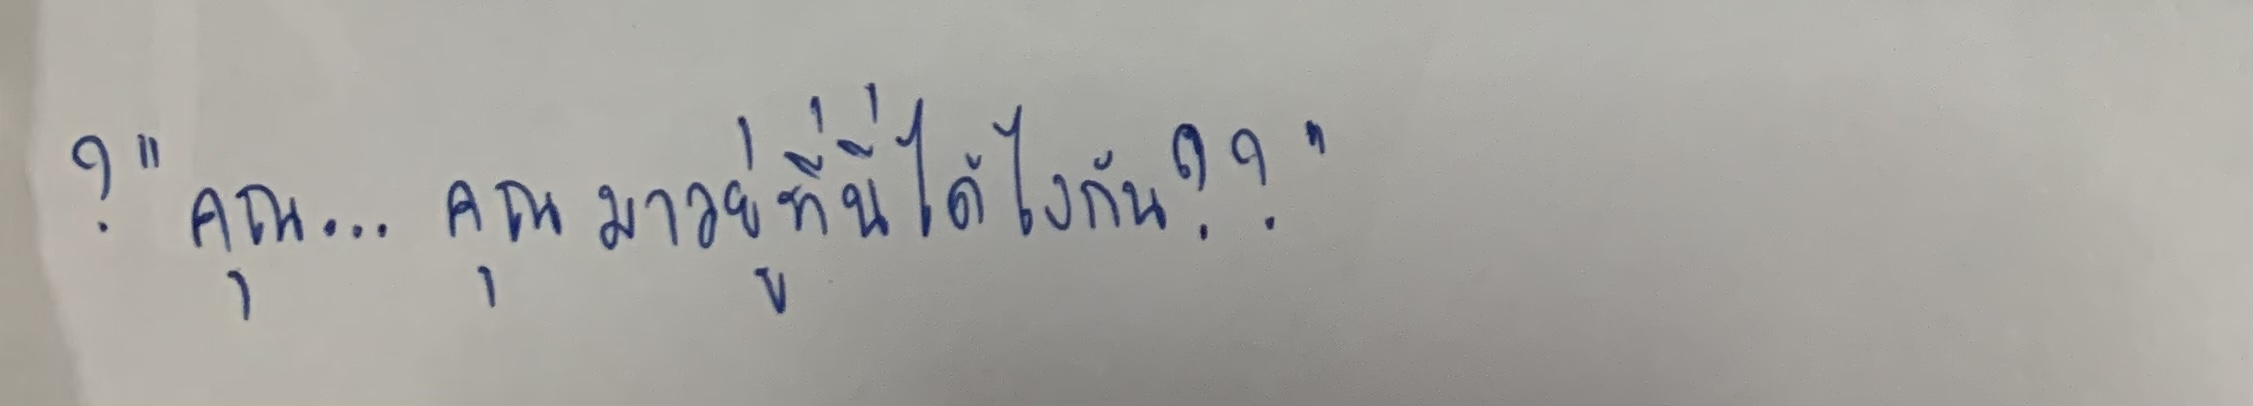
?"คุณ...คุณมาอยู่ที่นี่ได้ไงกัน??"